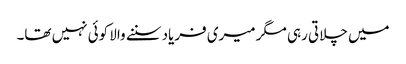
میں چلاتی رہی مگر میری فریاد سننے والا کوئی نہیں تھا۔